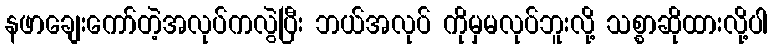
နဖာချေးကော်တဲ့အလုပ်ကလွဲပြီး ဘယ်အလုပ် ကိုမှမလုပ်ဘူးလို့ သစ္စာဆိုထားလို့ပါ